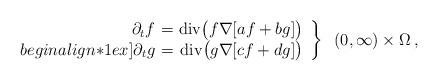
LaTeX: \begin{align*}\left.\begin{array}{rcrr}\partial_t f \!\!\!& = &\!\!\!\mathrm{div}\big(f \nabla[ af + b g ] \big) \\begin{align*}1ex]\partial_t g \!\!\!& = &\!\!\!\mathrm{div}\big(g \nabla[ cf + d g] \big)\end{array}\right\}\;\; (0,\infty)\times \Omega\,,\end{align*}